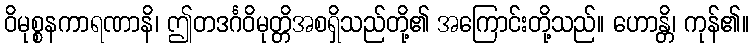
ဝိမုစ္စနကာရဏာနိ၊ ဤတဒင်္ဂဝိမုတ္တိအစရှိသည်တို့၏ အကြောင်းတို့သည်။ ဟောန္တိ၊ ကုန်၏။